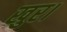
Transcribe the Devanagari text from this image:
खुर।